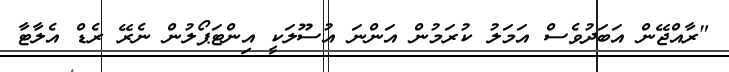
"ރާއްޖޭން އަބަދުވެސް އަމަލު ކުރަމުން އަންނަ އުސޫލަކީ އިންޓަޕޯލުން ނެރޭ ރެޑް އެލާޓާ